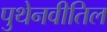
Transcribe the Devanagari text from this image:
पुथेनवीतिल